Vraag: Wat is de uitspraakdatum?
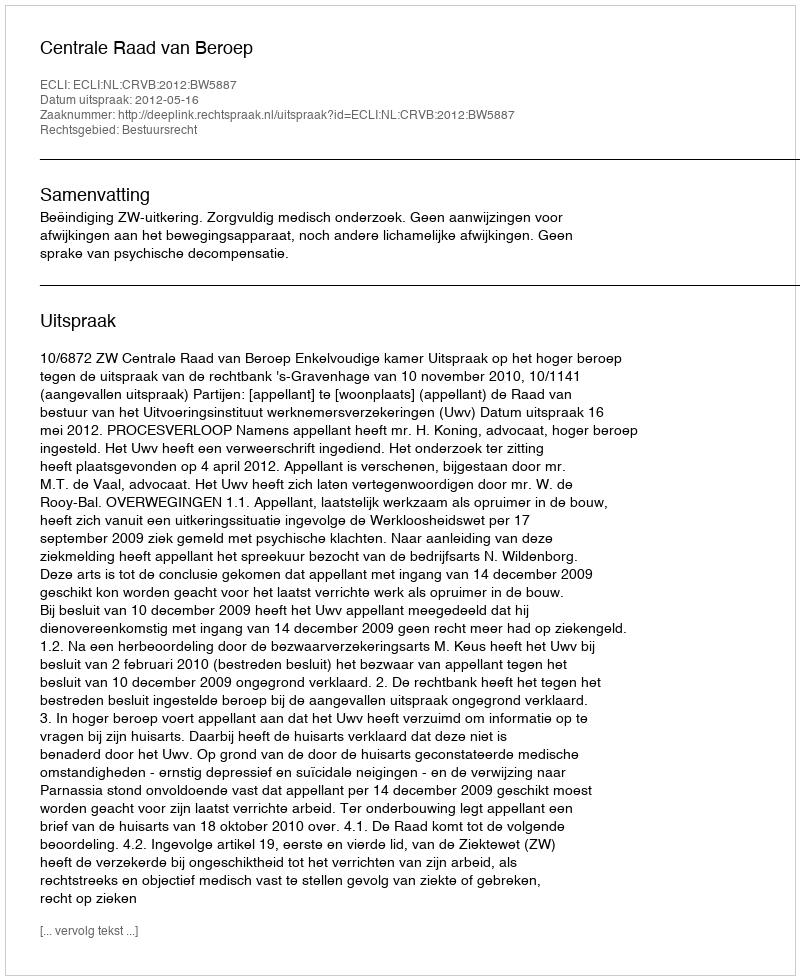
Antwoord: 2012-05-16